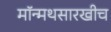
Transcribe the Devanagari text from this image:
मॉन्मथसारखीच